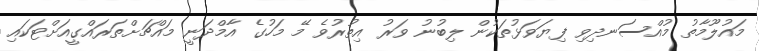
މައުލޫމާތު މުއްސަނދިވި ފިޔަވަޅުތަކުން ލިބުނު ވަރު އިތުރުވެ މޭ މަހުގެ އާމްދަނީ މައްޗަށްތަރައްގީއަށްޓަކައި